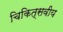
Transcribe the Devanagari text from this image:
चिकित्सवीय